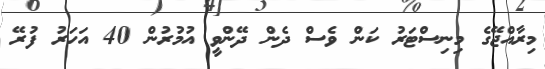
މިރާއްޖޭގެ މިނިސްޓަރު ކަން ވެސް ދެން ދޭންވީ އުމުރުން 40 އަހަރު ފުރޭ